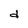
Character: d